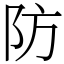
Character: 防